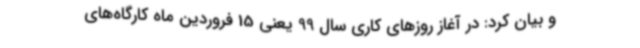
و بیان کرد: در آغاز روزهای کاری سال 99 یعنی 15 فروردین ماه کارگاه‌های